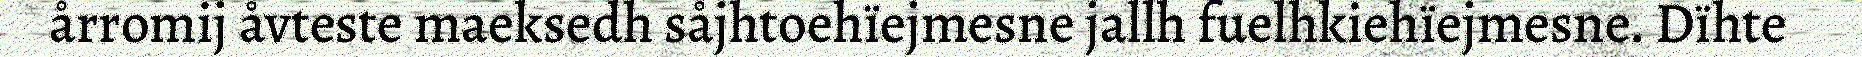
årromij åvteste maeksedh såjhtoehïejmesne jallh fuelhkiehïejmesne. Dïhte